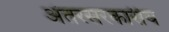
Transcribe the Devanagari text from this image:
अंतरसरकारीय